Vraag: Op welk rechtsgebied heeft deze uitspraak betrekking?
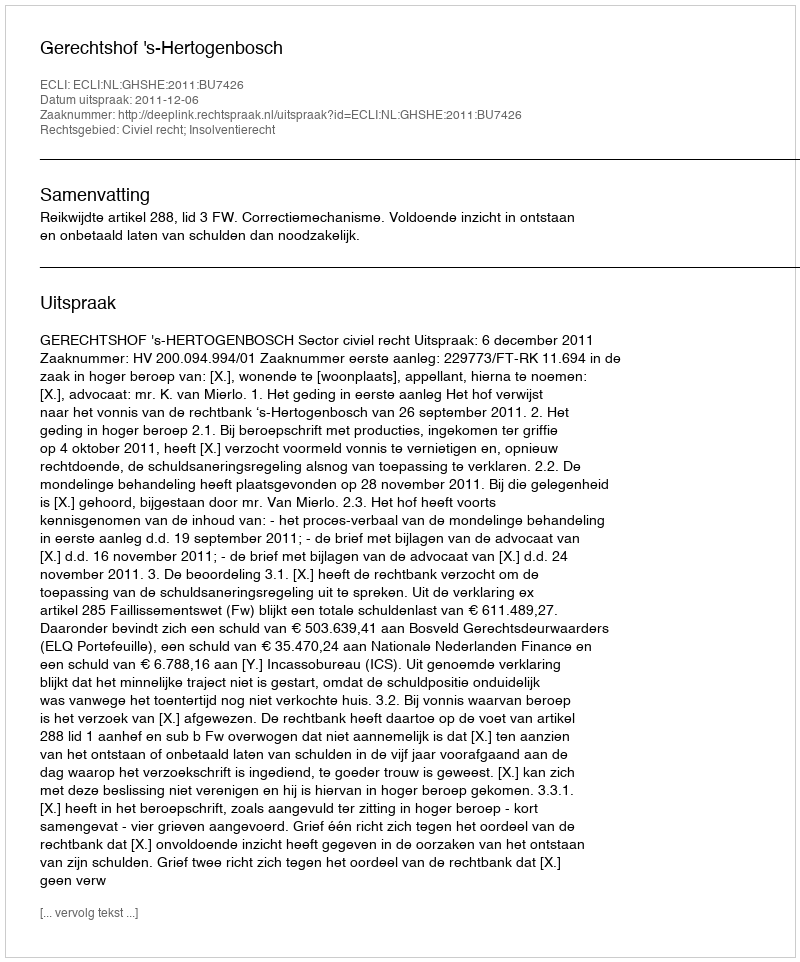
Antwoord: Civiel recht; Insolventierecht